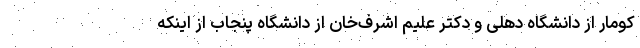
کومار از دانشگاه دهلی و دکتر علیم اشرف­خان از دانشگاه پنجاب از اینکه